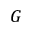
G